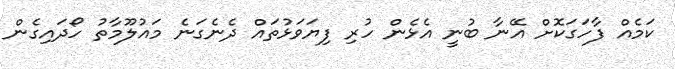
ކަމެއް ފާހަގަކޮށް އޭނާ ބުނީ އެޅެން ހުރި ފިޔަވަޅުތައް ދެނެގަނެ މައުލޫމާތު ހޯދައިގެން